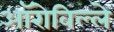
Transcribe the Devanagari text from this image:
ऑरोविल्ले